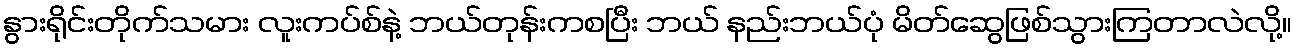
နွားရိုင်းတိုက်သမား လူးကပ်စ်နဲ့ ဘယ်တုန်းကစပြီး ဘယ် နည်းဘယ်ပုံ မိတ်ဆွေဖြစ်သွားကြတာလဲလို့။